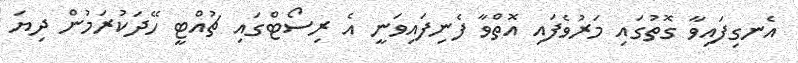
އެނގިފައިވާ ގޮތުގައި މަރުވެފައި އޮތްވާ ފެނިފައިވަނީ އެ ރިސޯޓްގައި ޗުއްޓީ ހޭދަކުރަމުން ދިޔަ